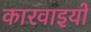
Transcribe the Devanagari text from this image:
कारवाइयों